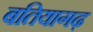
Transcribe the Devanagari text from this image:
बतियागढ़